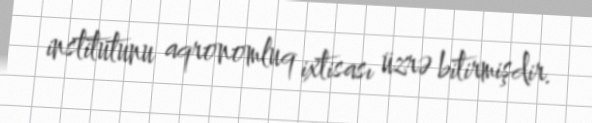
institutunu aqronomluq ixtisası üzrə bitirmişdir.